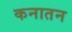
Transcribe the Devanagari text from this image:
कनातन